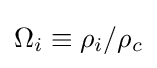
\Omega _{i}\equiv \rho _{i}/\rho _{c}